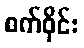
စက်ဝိုင်း